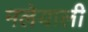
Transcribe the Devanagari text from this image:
मलेयाली